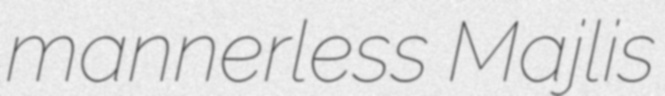
mannerless Majlis